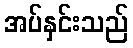
အပ်နှင်းသည်